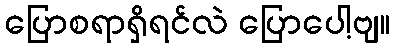
ပြောစရာရှိရင်လဲ ပြောပေါ့ဗျ။